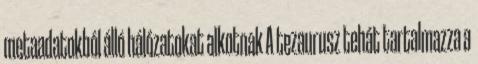
metaadatokból álló hálózatokat alkotnak A tezaurusz tehát tartalmazza a